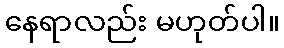
နေရာလည်း မဟုတ်ပါ။